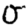
Digit: 0